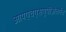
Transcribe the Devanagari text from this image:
आयएचएसयूपीअंतर्गत